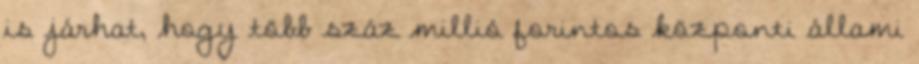
is járhat, hogy több száz millió forintos központi állami